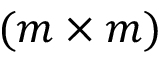
( m \times m )